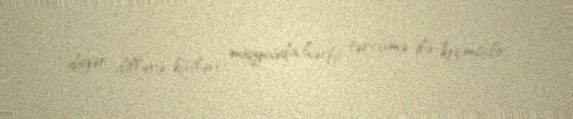
digər dillərə kütləvi miqyasda hərfi tərcümə ilə keçmişdir.